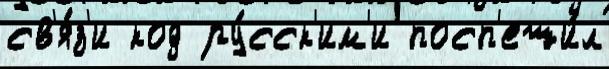
св'я́з'и код ру́сск'им'и посп'еши́л